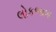
લોકભાષા